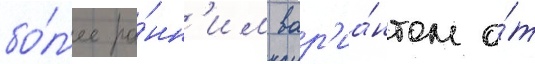
бо́л'ее ра́нн'им вар'иа́нтом о́т